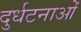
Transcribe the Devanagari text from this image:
दुर्धटनाओं